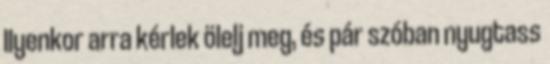
Ilyenkor arra kérlek ölelj meg, és pár szóban nyugtass